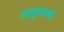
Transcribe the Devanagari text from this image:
अनुपपर्ण